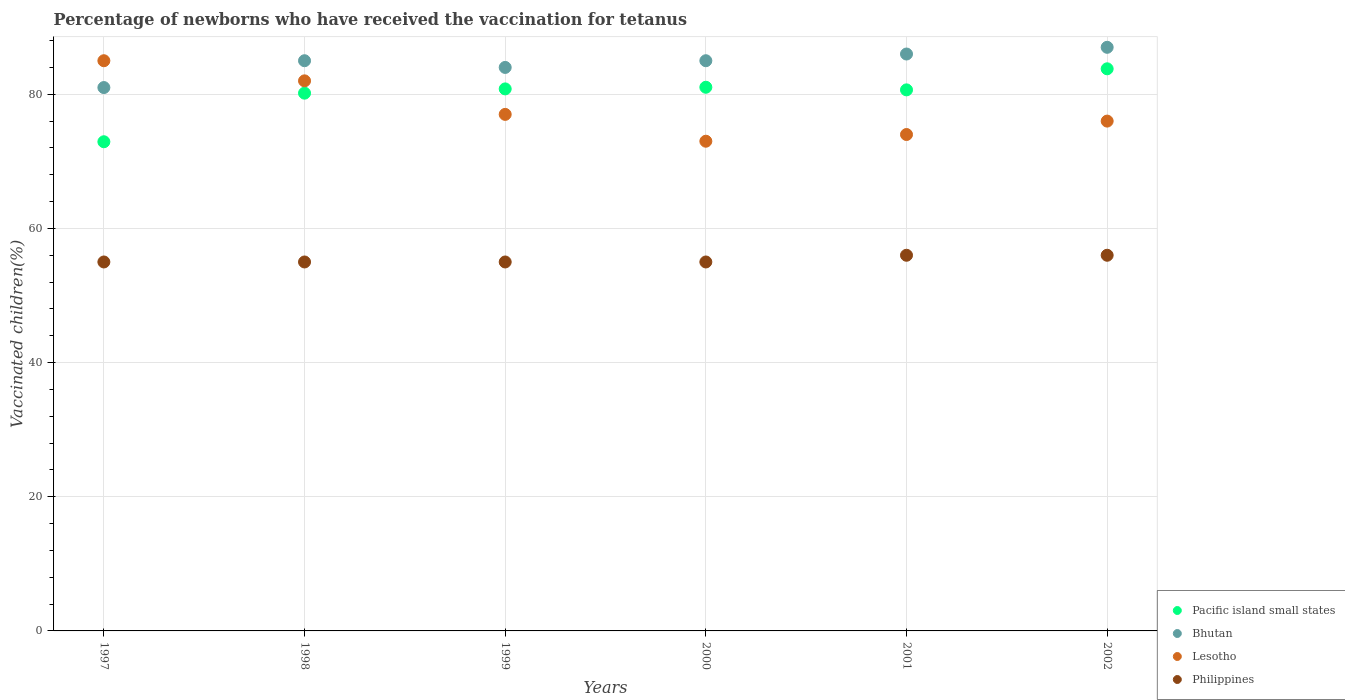
| Years | Pacific island small states | Bhutan | Lesotho | Philippines |
 | --- | --- | --- | --- | --- |
 | 1997 | 72.9 | 81 | 85 | 55 |
 | 1998 | 80.2 | 85 | 82 | 55 |
 | 1999 | 80.8 | 84 | 77 | 55 |
 | 2000 | 81 | 85 | 73 | 55 |
 | 2001 | 80.7 | 86 | 74 | 56 |
 | 2002 | 83.8 | 87 | 76 | 56 |